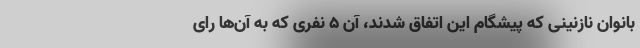
بانوان نازنینی که پیشگام این اتفاق شدند، آن ۵ نفری که به آن‌ها رای